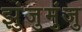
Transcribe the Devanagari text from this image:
झुंजुमुंजु